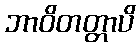
ဘာဝိတတ္တာပိ